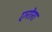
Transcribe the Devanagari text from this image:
एरोरा